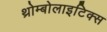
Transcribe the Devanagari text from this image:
थ्रोम्बोलाइटिक्स